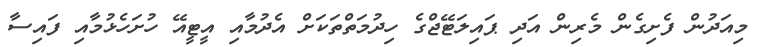
މިއަދުން ފެށިގެން މެރިން އަދި ޕައިލަޓޭޖްގެ ހިދުމަތްތަކަށް އެދުމާއި އީޓީއޭ ހުށަހެޅުމާއި ފައިސާ